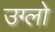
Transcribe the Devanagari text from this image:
उग्लो